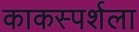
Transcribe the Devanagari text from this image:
काकस्पर्शला